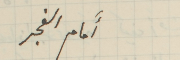
أَمام الفجر